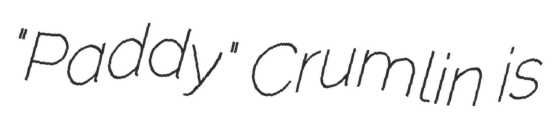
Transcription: "Paddy" Crumlin is